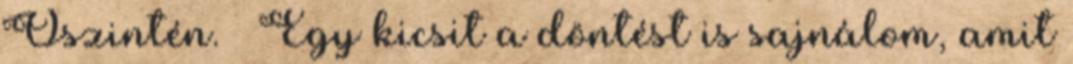
Őszintén. – Egy kicsit a döntést is sajnálom, amit